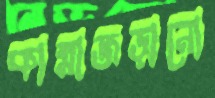
কান্নাজড়ানো